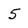
Character: 5